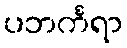
ပဘင်္ကရာ